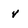
Character: v